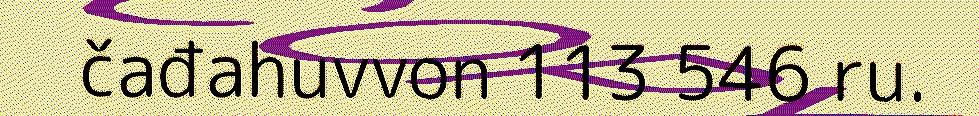
čađahuvvon 113 546 ru.